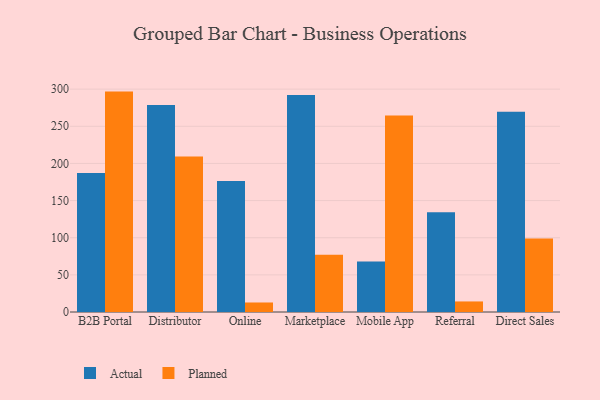
{"axis": {"x": "Channel", "y": "Temperature (°C)"}, "legend": ["Actual", "Planned"], "data": [{"x": "B2B Portal", "y": 187.0, "type": "Actual"}, {"x": "B2B Portal", "y": 296.7, "type": "Planned"}, {"x": "Distributor", "y": 278.6, "type": "Actual"}, {"x": "Distributor", "y": 209.4, "type": "Planned"}, {"x": "Online", "y": 176.4, "type": "Actual"}, {"x": "Online", "y": 12.8, "type": "Planned"}, {"x": "Marketplace", "y": 292.0, "type": "Actual"}, {"x": "Marketplace", "y": 77.1, "type": "Planned"}, {"x": "Mobile App", "y": 67.9, "type": "Actual"}, {"x": "Mobile App", "y": 264.5, "type": "Planned"}, {"x": "Referral", "y": 134.2, "type": "Actual"}, {"x": "Referral", "y": 14.2, "type": "Planned"}, {"x": "Direct Sales", "y": 269.6, "type": "Actual"}, {"x": "Direct Sales", "y": 99.0, "type": "Planned"}]}